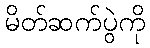
မိတ်ဆက်ပွဲကို